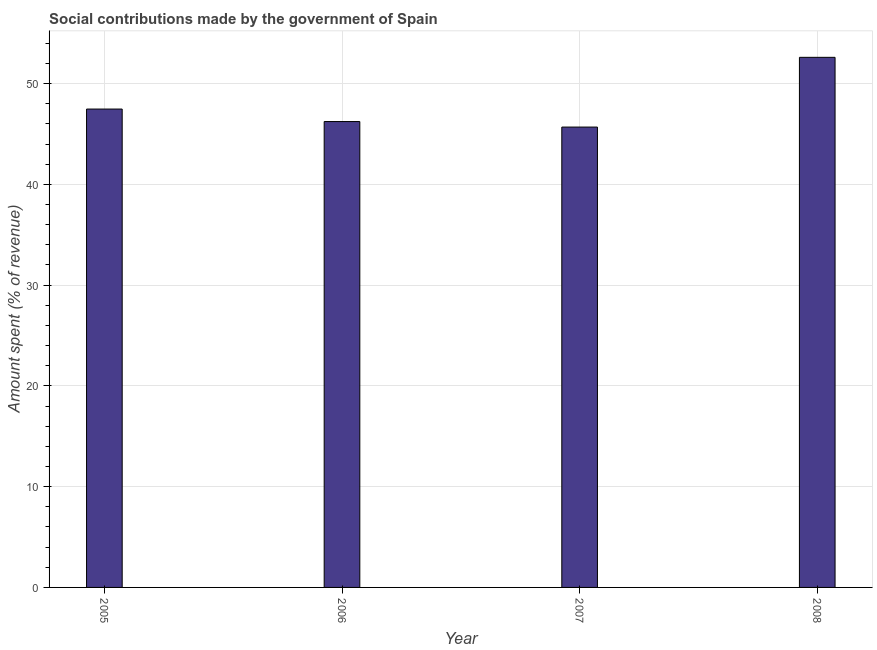
| Year | Social contributions |
 | --- | --- |
 | 2005 | 47.5 |
 | 2006 | 46.2 |
 | 2007 | 45.7 |
 | 2008 | 52.6 |